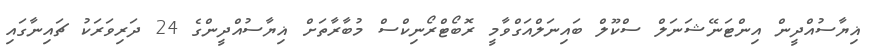
ޣިޔާސުއްދީން އިންޓަނޭޝަނަލް ސްކޫލް ބައިނަލްއަގްވާމީ ރޮބޯޓްރޯނިކްސް މުބާރާތަށް ޣިޔާސުއްދީންގެ 24 ދަރިވަރަކު ޗައިނާގައި